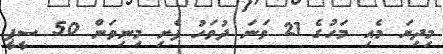
މިދިޔަ މެއި މަހުގެ 21 ވަނަ ދުވަހު ފެށި މިނިވަން 50 ސީޕީ